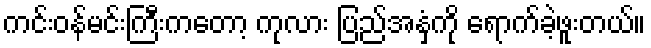
ကင်းဝန်မင်းကြီးကတော့ ကုလား ပြည်အနှံ့ကို ရောက်ခဲ့ဖူးတယ်။